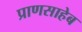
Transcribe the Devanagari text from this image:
प्राणसाहेब